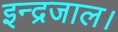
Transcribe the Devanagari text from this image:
इन्द्रजाल।